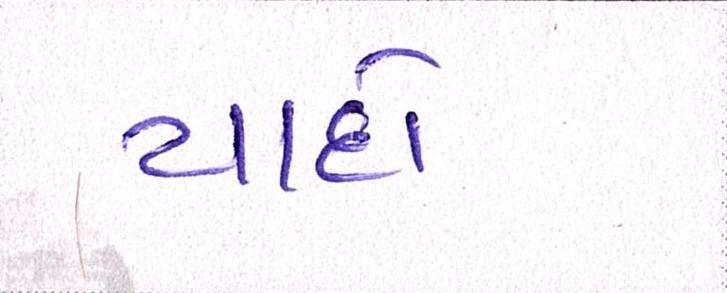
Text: યાદો